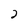
Character: 2